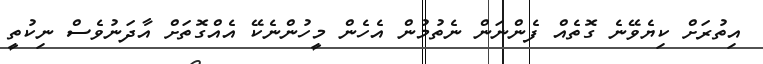
އިތުރަށް ކިޔެވޭނެ ގޮތެއް ފެންނަން ނެތުމުން އެހެން މީހުންނެކޭ އެއްގޮތަށް އާދަނުވެސް ނިކުތީ